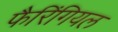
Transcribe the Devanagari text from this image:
फैरिंगियल